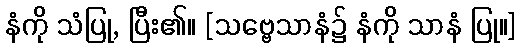
နံကို သံပြု, ပြီး၏။ [သဗ္ဗေသာနံ၌ နံကို သာနံ ပြု။]